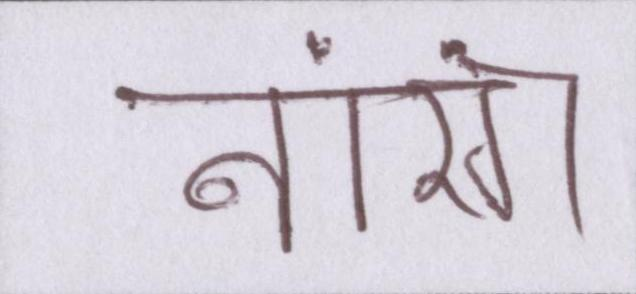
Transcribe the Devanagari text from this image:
नारंग